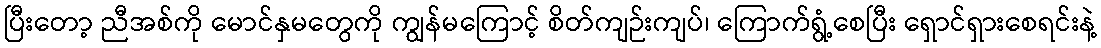
ပြီးတော့ ညီအစ်ကို မောင်နှမတွေကို ကျွန်မကြောင့် စိတ်ကျဉ်းကျပ်၊ ကြောက်ရွံ့စေပြီး ရှောင်ရှားစေရင်းနဲ့